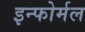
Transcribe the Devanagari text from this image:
इन्फोर्मल